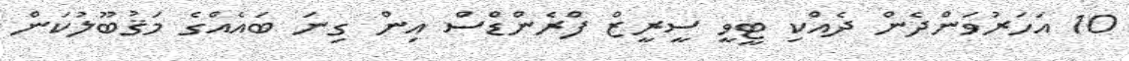
10 އަހަރުވަންދެން ދެއްކި ޓީީވީ ސީރީޒް ފްރެންޑްސް އިން ގިނަ ބައެއްގެ މަޤުބޫލުކަން